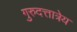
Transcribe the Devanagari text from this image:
गुरुदत्तात्रेय